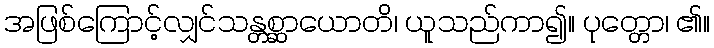
အဖြစ်ကြောင့်လျှင်သန္တစ္ဆာယောတိ၊ ယူသည်ကာ၍။ ပုတ္တော၊ ၏။